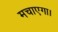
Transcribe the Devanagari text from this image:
मचाएगा।